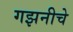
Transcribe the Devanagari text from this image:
गझनीचे